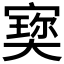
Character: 𡪪